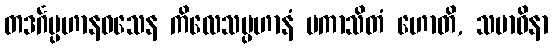
တဒင်္ဂပ္ပဟာနဝသေန ကိလေသပ္ပဟာနံ ပကာသိတံ ဟောတိ, သမာဓိနာ